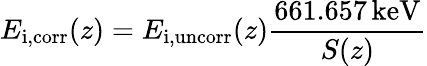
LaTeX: E_{\mathrm{i,corr}}(z)=E_{\mathrm{i,uncorr}}(z)\frac{661.657\, \mathrm{keV}}{S(z)}